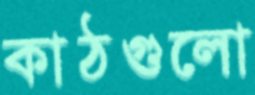
কাঠগুলো